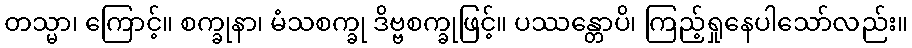
တသ္မာ၊ ကြောင့်။ စက္ခုနာ၊ မံသစက္ခု ဒိဗ္ဗစက္ခုဖြင့်။ ပဿန္တောပိ၊ ကြည့်ရှုနေပါသော်လည်း။